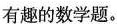
有趣的数学题。